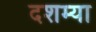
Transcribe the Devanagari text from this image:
दशम्या